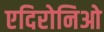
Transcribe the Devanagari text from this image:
एदिरोनिओ